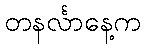
တနင်္လာနေ့က